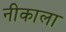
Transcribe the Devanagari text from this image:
नीकाला